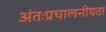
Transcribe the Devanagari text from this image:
अंतःप्रचालनीयता